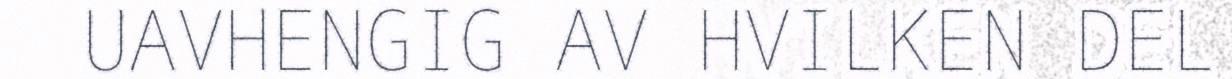
UAVHENGIG AV HVILKEN DEL